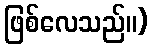
ဖြစ်လေသည်။)